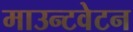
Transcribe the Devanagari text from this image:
माउन्टवेटन